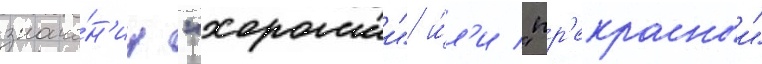
значе́н'ии "хорошии" и́л'и "пр'екрасныи"